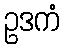
ဥဒကံ